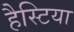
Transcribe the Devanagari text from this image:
हैस्टिया